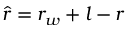
\hat { r } = r _ { w } + l - r